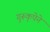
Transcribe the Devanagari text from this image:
गुरूकृपेने